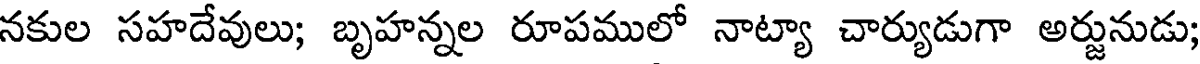
నకుల సహదేవులు; బృహన్నల రూపములో నాట్యా చార్యుడుగా అర్జునుడు;